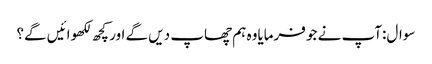
سوال:آپ نے جو فرمایاوہ ہم چھاپ دیں گے اور کچھ لکھوائیں گے؟